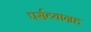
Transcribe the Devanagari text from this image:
पर्सव्याग्रह